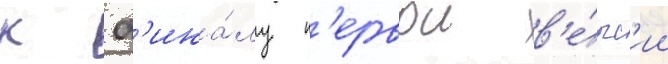
к ф'ина́лу п'ервои в'е́рс'ии